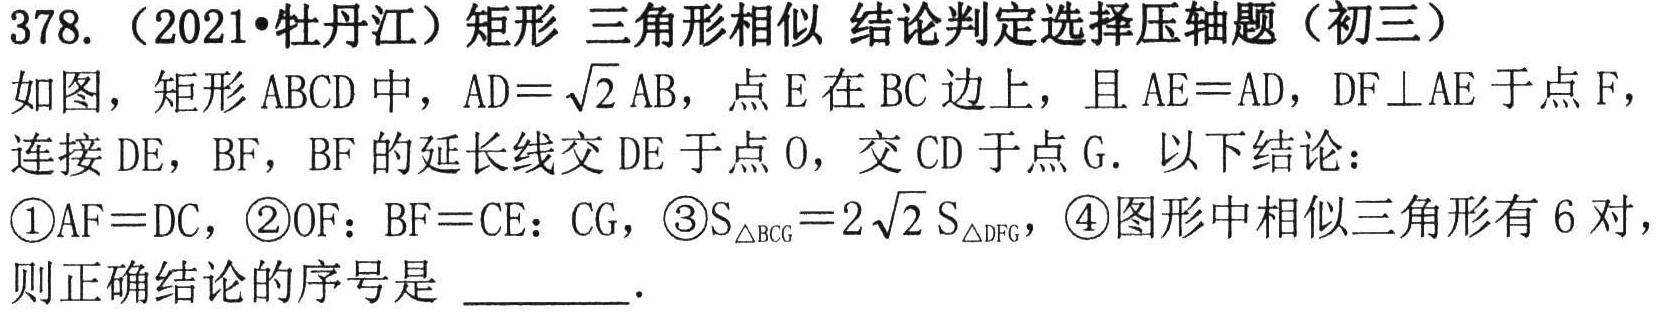
378. （2021•牡丹江）矩形 三角形相似 结论判定选择压轴题（初三）
如图，矩形 \(ABCD\) 中，\(AD = \sqrt{2}AB\)，点 \(E\) 在 \(BC\) 边上，且 \(AE = AD\)，\(DF\perp AE\) 于点 \(F\)，连接 \(DE\)，\(BF\)，\(BF\) 的延长线交 \(DE\) 于点 \(O\)，交 \(CD\) 于点 \(G\). 以下结论：
\textcircled{1}\(AF = DC\)，\textcircled{2}\(OF:BF = CE:CG\)，\textcircled{3}\(S_{\triangle BCG}=2\sqrt{2}S_{\triangle DFG}\)，\textcircled{4}图形中相似三角形有 \(6\) 对，则正确结论的序号是 \_\_\_\_\_ .